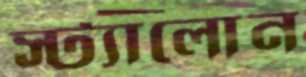
স্ট্যালোন